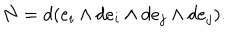
N = d ( e _ { i } \wedge d e _ { i } \wedge d e _ { j } \wedge d e _ { j } ) .